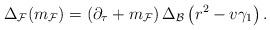
LaTeX: \begin{align*}\Delta_{\cal F} ( m_{ \cal F})=\left( \partial_{\tau} +m_{\cal F} \right) \Delta_{\cal B} \left(r^2-v\gamma_1\right) .\end{align*}